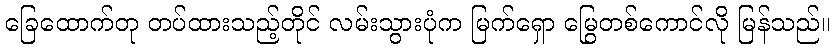
ခြေထောက်တု တပ်ထားသည့်တိုင် လမ်းသွားပုံက မြက်ရှော မြွေတစ်ကောင်လို မြန်သည်။